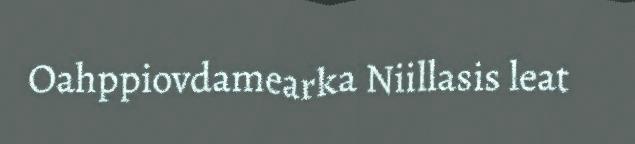
Oahppiovdamearka Niillasis leat